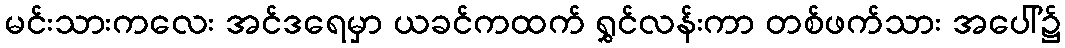
မင်းသားကလေး အင်ဒရေမှာ ယခင်ကထက် ရွှင်လန်းကာ တစ်ဖက်သား အပေါ်၌